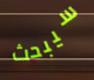
سيبحث